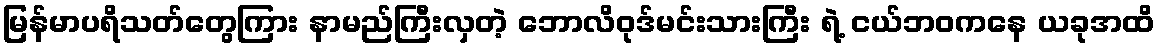
မြန်မာပရိသတ်တွေကြား နာမည်ကြီးလှတဲ့ ဘောလိဝုဒ်မင်းသားကြီး ရဲ့ ငယ်ဘဝကနေ ယခုအထိ